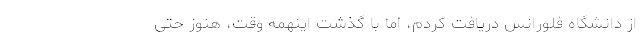
از دانشگاه فلورانس دریافت کردم، اما با گذشت اینهمه وقت، هنوز حتی